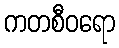
ကတစီဝရော